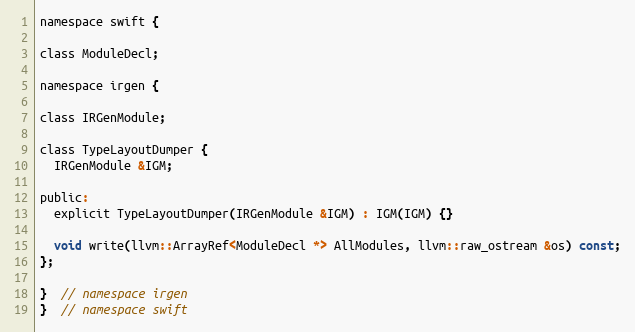
Language: C
namespace swift {

class ModuleDecl;

namespace irgen {

class IRGenModule;

class TypeLayoutDumper {
  IRGenModule &IGM;

public:
  explicit TypeLayoutDumper(IRGenModule &IGM) : IGM(IGM) {}

  void write(llvm::ArrayRef<ModuleDecl *> AllModules, llvm::raw_ostream &os) const;
};

}  // namespace irgen
}  // namespace swift